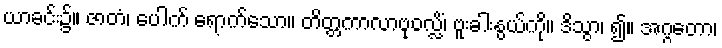
ယာခင်း၌။ ဇာတံ၊ ပေါက် ရောက်သော။ တိတ္တကာလာဗုဝလ္လိံ၊ ဗူးခါးနွယ်ကို။ ဒိသွာ၊ ၍။ အဂ္ဂတော၊